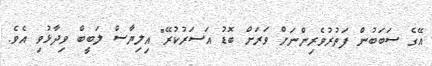
އޭގެ ސަބަބުން ފަތުރުވެރިންނަށް ވަރަށް ބޮޑު އަސަރުކުރޭ" އިލިޔާސް ލަބީބް ވިދާޅުވި އެވެ.